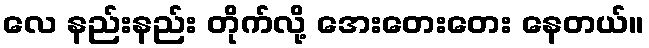
လေ နည်းနည်း တိုက်လို့ အေးတေးတေး နေတယ်။